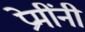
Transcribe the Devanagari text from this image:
प्रेमींनी